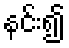
နင်း၍